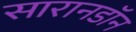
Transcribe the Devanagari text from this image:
सारानडॉन